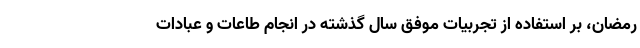
رمضان، بر استفاده از تجربیات موفق سال گذشته در انجام طاعات و عبادات